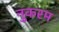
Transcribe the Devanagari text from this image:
नुकरम